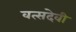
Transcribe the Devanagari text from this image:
वत्सदेवी